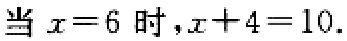
当 \(x = 6\) 时，\(x + 4 = 10\).